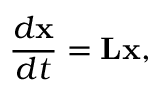
\frac { d \mathbf { x } } { d t } = \mathbf { L x } ,